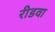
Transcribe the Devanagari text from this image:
रीडवा